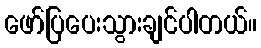
ဖော်ပြပေးသွားချင်ပါတယ်။